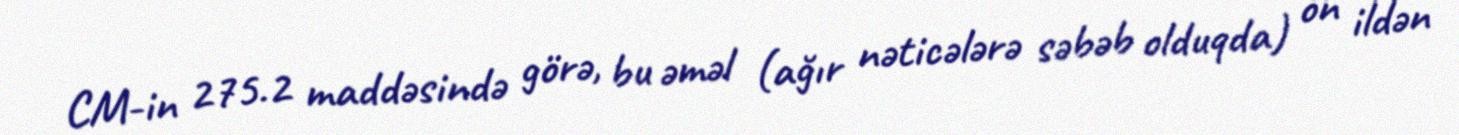
CM-in 275.2 maddəsində görə, bu əməl (ağır nəticələrə səbəb olduqda) on ildən